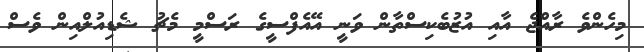
މިހެންވެ ރާއްޖެ އާއި އުޒުބެކިސްތާން ވަނީ އޭއެފްސީގެ ރަސްމީ މެޗު ޝެޑިއުލްއިން ވެސް